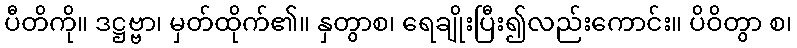
ပီတိကို။ ဒဋ္ဌဗ္ဗာ၊ မှတ်ထိုက်၏။ နှတွာစ၊ ရေချိုးပြီး၍လည်းကောင်း။ ပိဝိတွာ စ၊